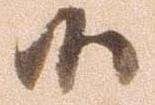
候